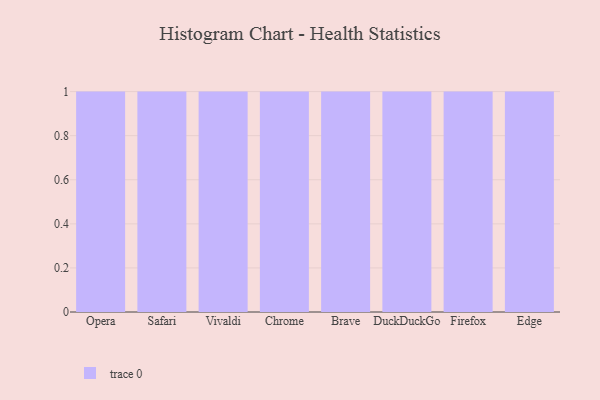
{"axis": {"x": "Browser", "y": "Waste Production (Tons)"}, "legend": [""], "data": [{"x": "Opera", "y": 59, "type": ""}, {"x": "Safari", "y": 32, "type": ""}, {"x": "Vivaldi", "y": 82, "type": ""}, {"x": "Chrome", "y": 34, "type": ""}, {"x": "Brave", "y": 5, "type": ""}, {"x": "DuckDuckGo", "y": 55, "type": ""}, {"x": "Firefox", "y": 74, "type": ""}, {"x": "Edge", "y": 47, "type": ""}]}